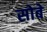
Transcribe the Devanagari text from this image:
सोबे